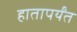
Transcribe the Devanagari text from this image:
हातापर्यंत